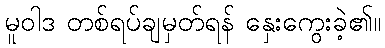
မူဝါဒ တစ်ရပ်ချမှတ်ရန် နှေးကွေးခဲ့၏။